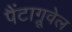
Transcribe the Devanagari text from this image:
पैंटाग्रूवेल